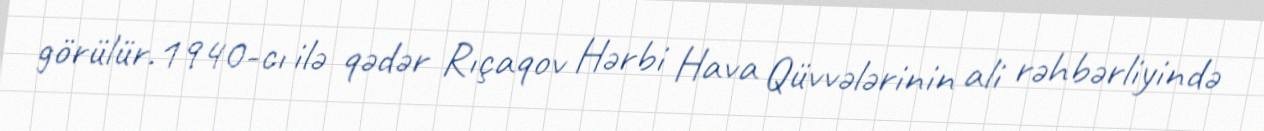
görülür.1940-cı ilə qədər Rıçaqov Hərbi Hava Qüvvələrinin ali rəhbərliyində